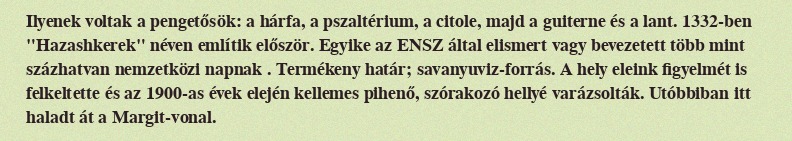
Ilyenek voltak a pengetősök: a hárfa, a pszaltérium, a citole, majd a guiterne és a lant. 1332-ben "Hazashkerek" néven említik először. Egyike az ENSZ által elismert vagy bevezetett több mint százhatvan nemzetközi napnak . Termékeny határ; savanyuviz-forrás. A hely eleink figyelmét is felkeltette és az 1900-as évek elején kellemes pihenő, szórakozó hellyé varázsolták. Utóbbiban itt haladt át a Margit-vonal.